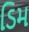
ડિમ